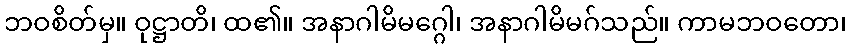
ဘဝစိတ်မှ။ ဝုဋ္ဌာတိ၊ ထ၏။ အနာဂါမိမဂ္ဂေါ၊ အနာဂါမိမဂ်သည်။ ကာမဘဝတော၊